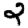
Digit: 2